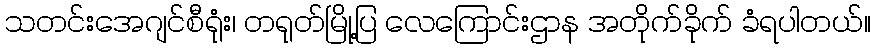
သတင်းအေဂျင်စီရုံး၊ တရုတ်မြို့ပြ လေကြောင်းဌာန အတိုက်ခိုက် ခံရပါတယ်။